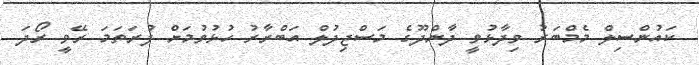
ކައުންސިލް މެމްބަރު ވިދާޅުވީ ދާންދޫގެ މަސްޖިދުލް އަބްރާރު ހުޅުވުމަށް ފުރަތަމަ ރޭވީ ރޯދަ